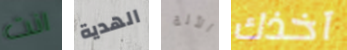
انت الهدية الآلة آخذك